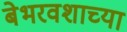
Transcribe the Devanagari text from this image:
बेभरवशाच्या